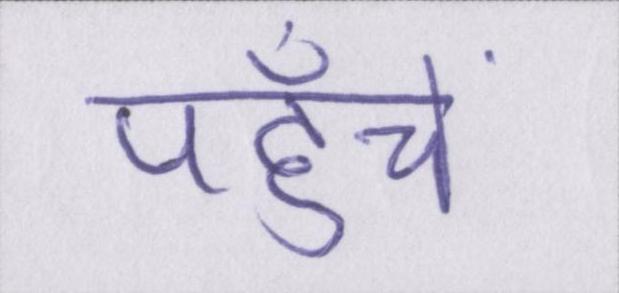
पहुँचें